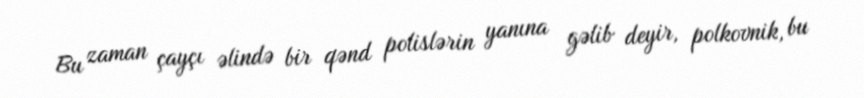
Bu zaman çayçı əlində bir qənd polislərin yanına gəlib deyir, polkovnik, bu